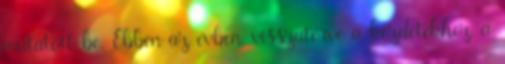
mutatott be. Ebben az évben, visszatérve a kezdetekhez, a